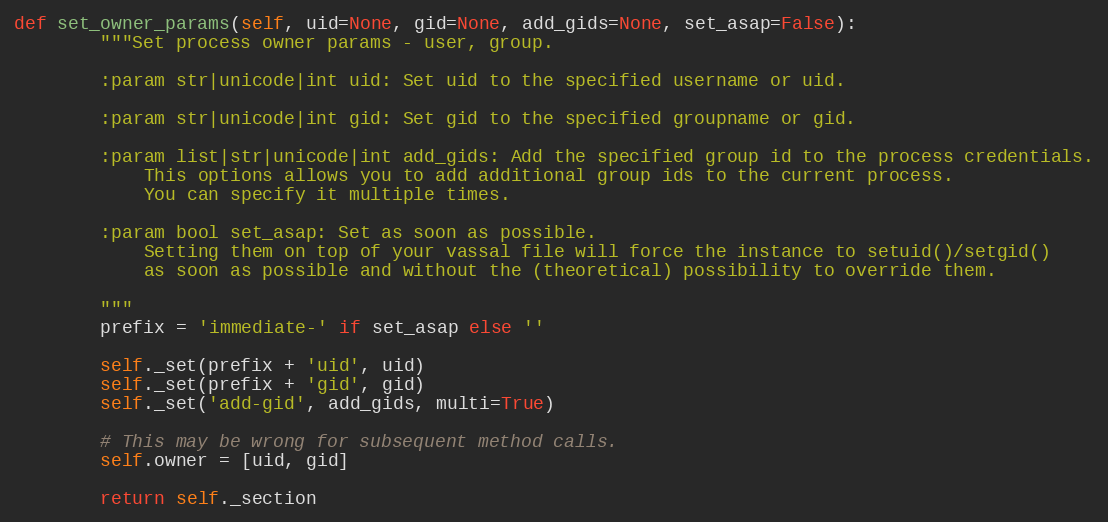
Language: Python
def set_owner_params(self, uid=None, gid=None, add_gids=None, set_asap=False):
        """Set process owner params - user, group.

        :param str|unicode|int uid: Set uid to the specified username or uid.

        :param str|unicode|int gid: Set gid to the specified groupname or gid.

        :param list|str|unicode|int add_gids: Add the specified group id to the process credentials.
            This options allows you to add additional group ids to the current process.
            You can specify it multiple times.

        :param bool set_asap: Set as soon as possible.
            Setting them on top of your vassal file will force the instance to setuid()/setgid()
            as soon as possible and without the (theoretical) possibility to override them.

        """
        prefix = 'immediate-' if set_asap else ''

        self._set(prefix + 'uid', uid)
        self._set(prefix + 'gid', gid)
        self._set('add-gid', add_gids, multi=True)

        # This may be wrong for subsequent method calls.
        self.owner = [uid, gid]

        return self._section